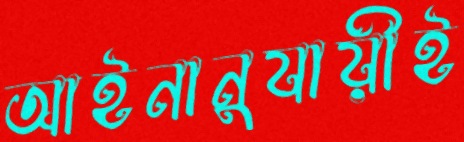
আইনানুযায়ীই